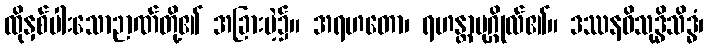
ထိုနှစ်ပါးသောဉာဏ်တို့၏ အခြားမဲ့၌။ အရဟတော၊ ရဟန္တာပုဂ္ဂိုလ်၏။ ဒဿနဝိသုဒ္ဓိသိဒ္ဓံ၊